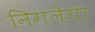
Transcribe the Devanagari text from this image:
निगलेगा